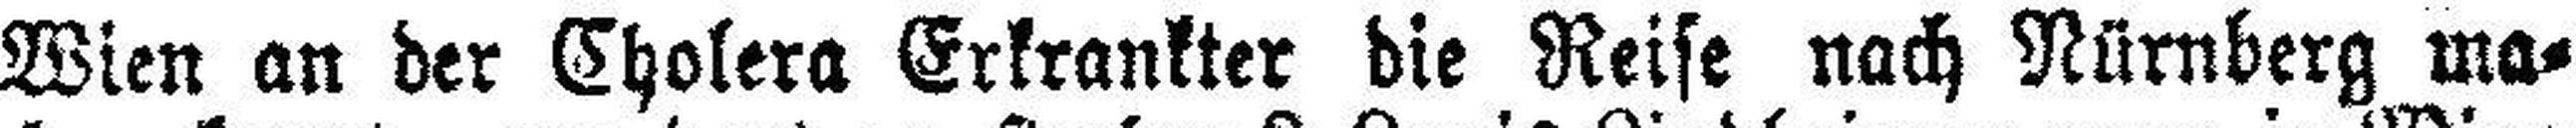
Wien an der Cholera Erkrankter die Reise nach Nürnberg ma¬